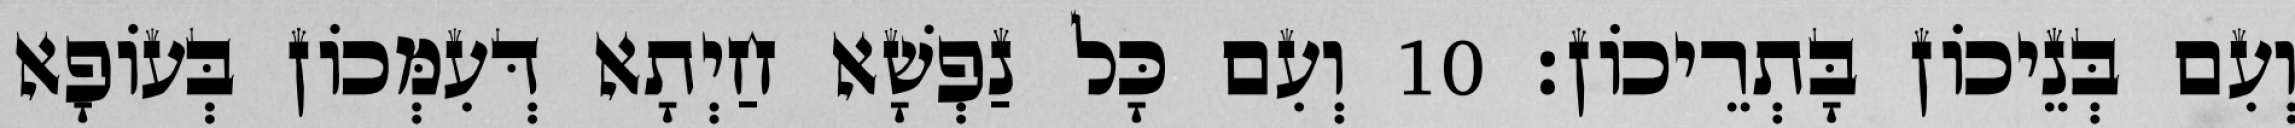
וְעִם בְּנֵיכוֹן בָּתְרֵיכוֹן׃ 10 וְעִם כָּל נַפְשָׁא חַיְתָא דְּעִמְּכוֹן בְּעוֹפָא